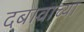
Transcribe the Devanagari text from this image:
दबावाच्या